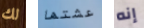
لك عشتها إنه